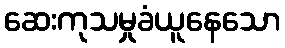
ဆေးကုသမှုခံယူနေသော